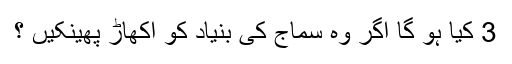
3 کیا ہو گا اگر وہ سماج کی بنیاد کو اکھاڑ پھینکیں ؟